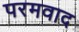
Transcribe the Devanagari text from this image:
परमवाद